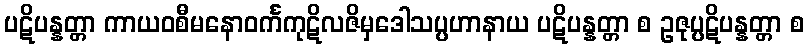
ပဋိပန္နတ္တာ ကာယဝစီမနောဝင်္ကကုဋိလဇိမှဒေါသပ္ပဟာနာယ ပဋိပန္နတ္တာ စ ဥဇုပ္ပဋိပန္နတ္တာ စ